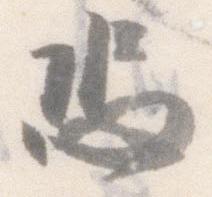
恐